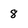
Character: 8